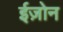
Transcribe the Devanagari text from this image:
ईज़ोन